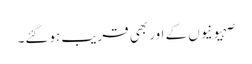
صہیونیوں کے اور بھی قریب ہوگئے۔